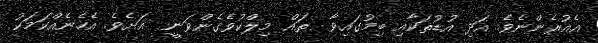
އެއުރެންނެވެ. އަދި އުޑުތަކާއި ބިމުގައިވާ  ތައް މިލްކުވެގެންވަނީ  އަށެވެ. އެހެނެއްކަމަކު